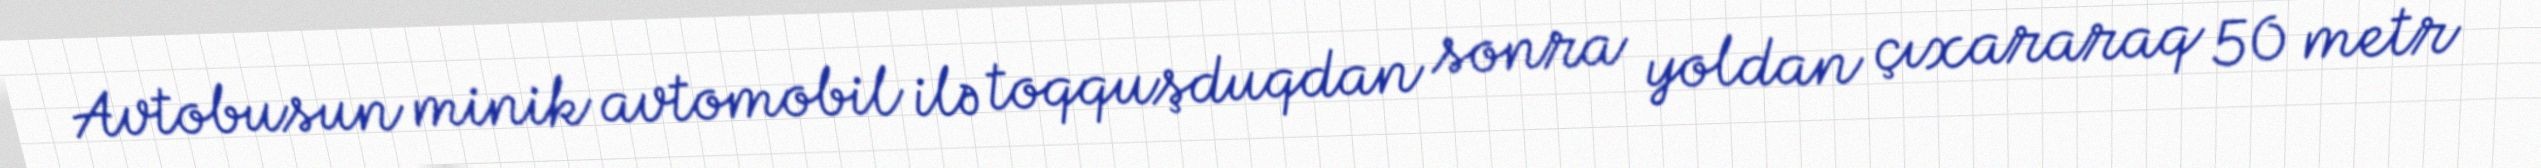
Avtobusun minik avtomobil ilə toqquşduqdan sonra yoldan çıxararaq 50 metr